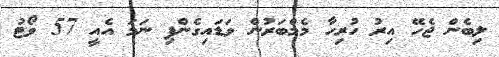
ލިބެން ޖެހޭ އިރު ހުރިހާ މެމްބަރުން ވަޑައިގެންފި ނަމަ އެއީ 57 ވޯޓު